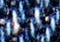
آندى